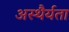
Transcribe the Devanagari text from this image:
अस्थैर्यता